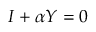
I + \alpha Y = 0